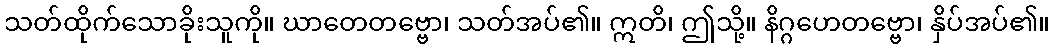
သတ်ထိုက်သောခိုးသူကို။ ဃာတေတဗ္ဗော၊ သတ်အပ်၏။ ဣတိ၊ ဤသို့။ နိဂ္ဂဟေတဗ္ဗော၊ နှိပ်အပ်၏။